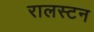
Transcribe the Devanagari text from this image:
रालस्टन